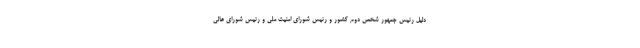
دلیل رئیس جمهور شخص دوم کشور و رئیس شورای امنیت ملی و رئیس شورای عالی